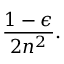
{ \frac { 1 - \epsilon } { 2 n ^ { 2 } } } .